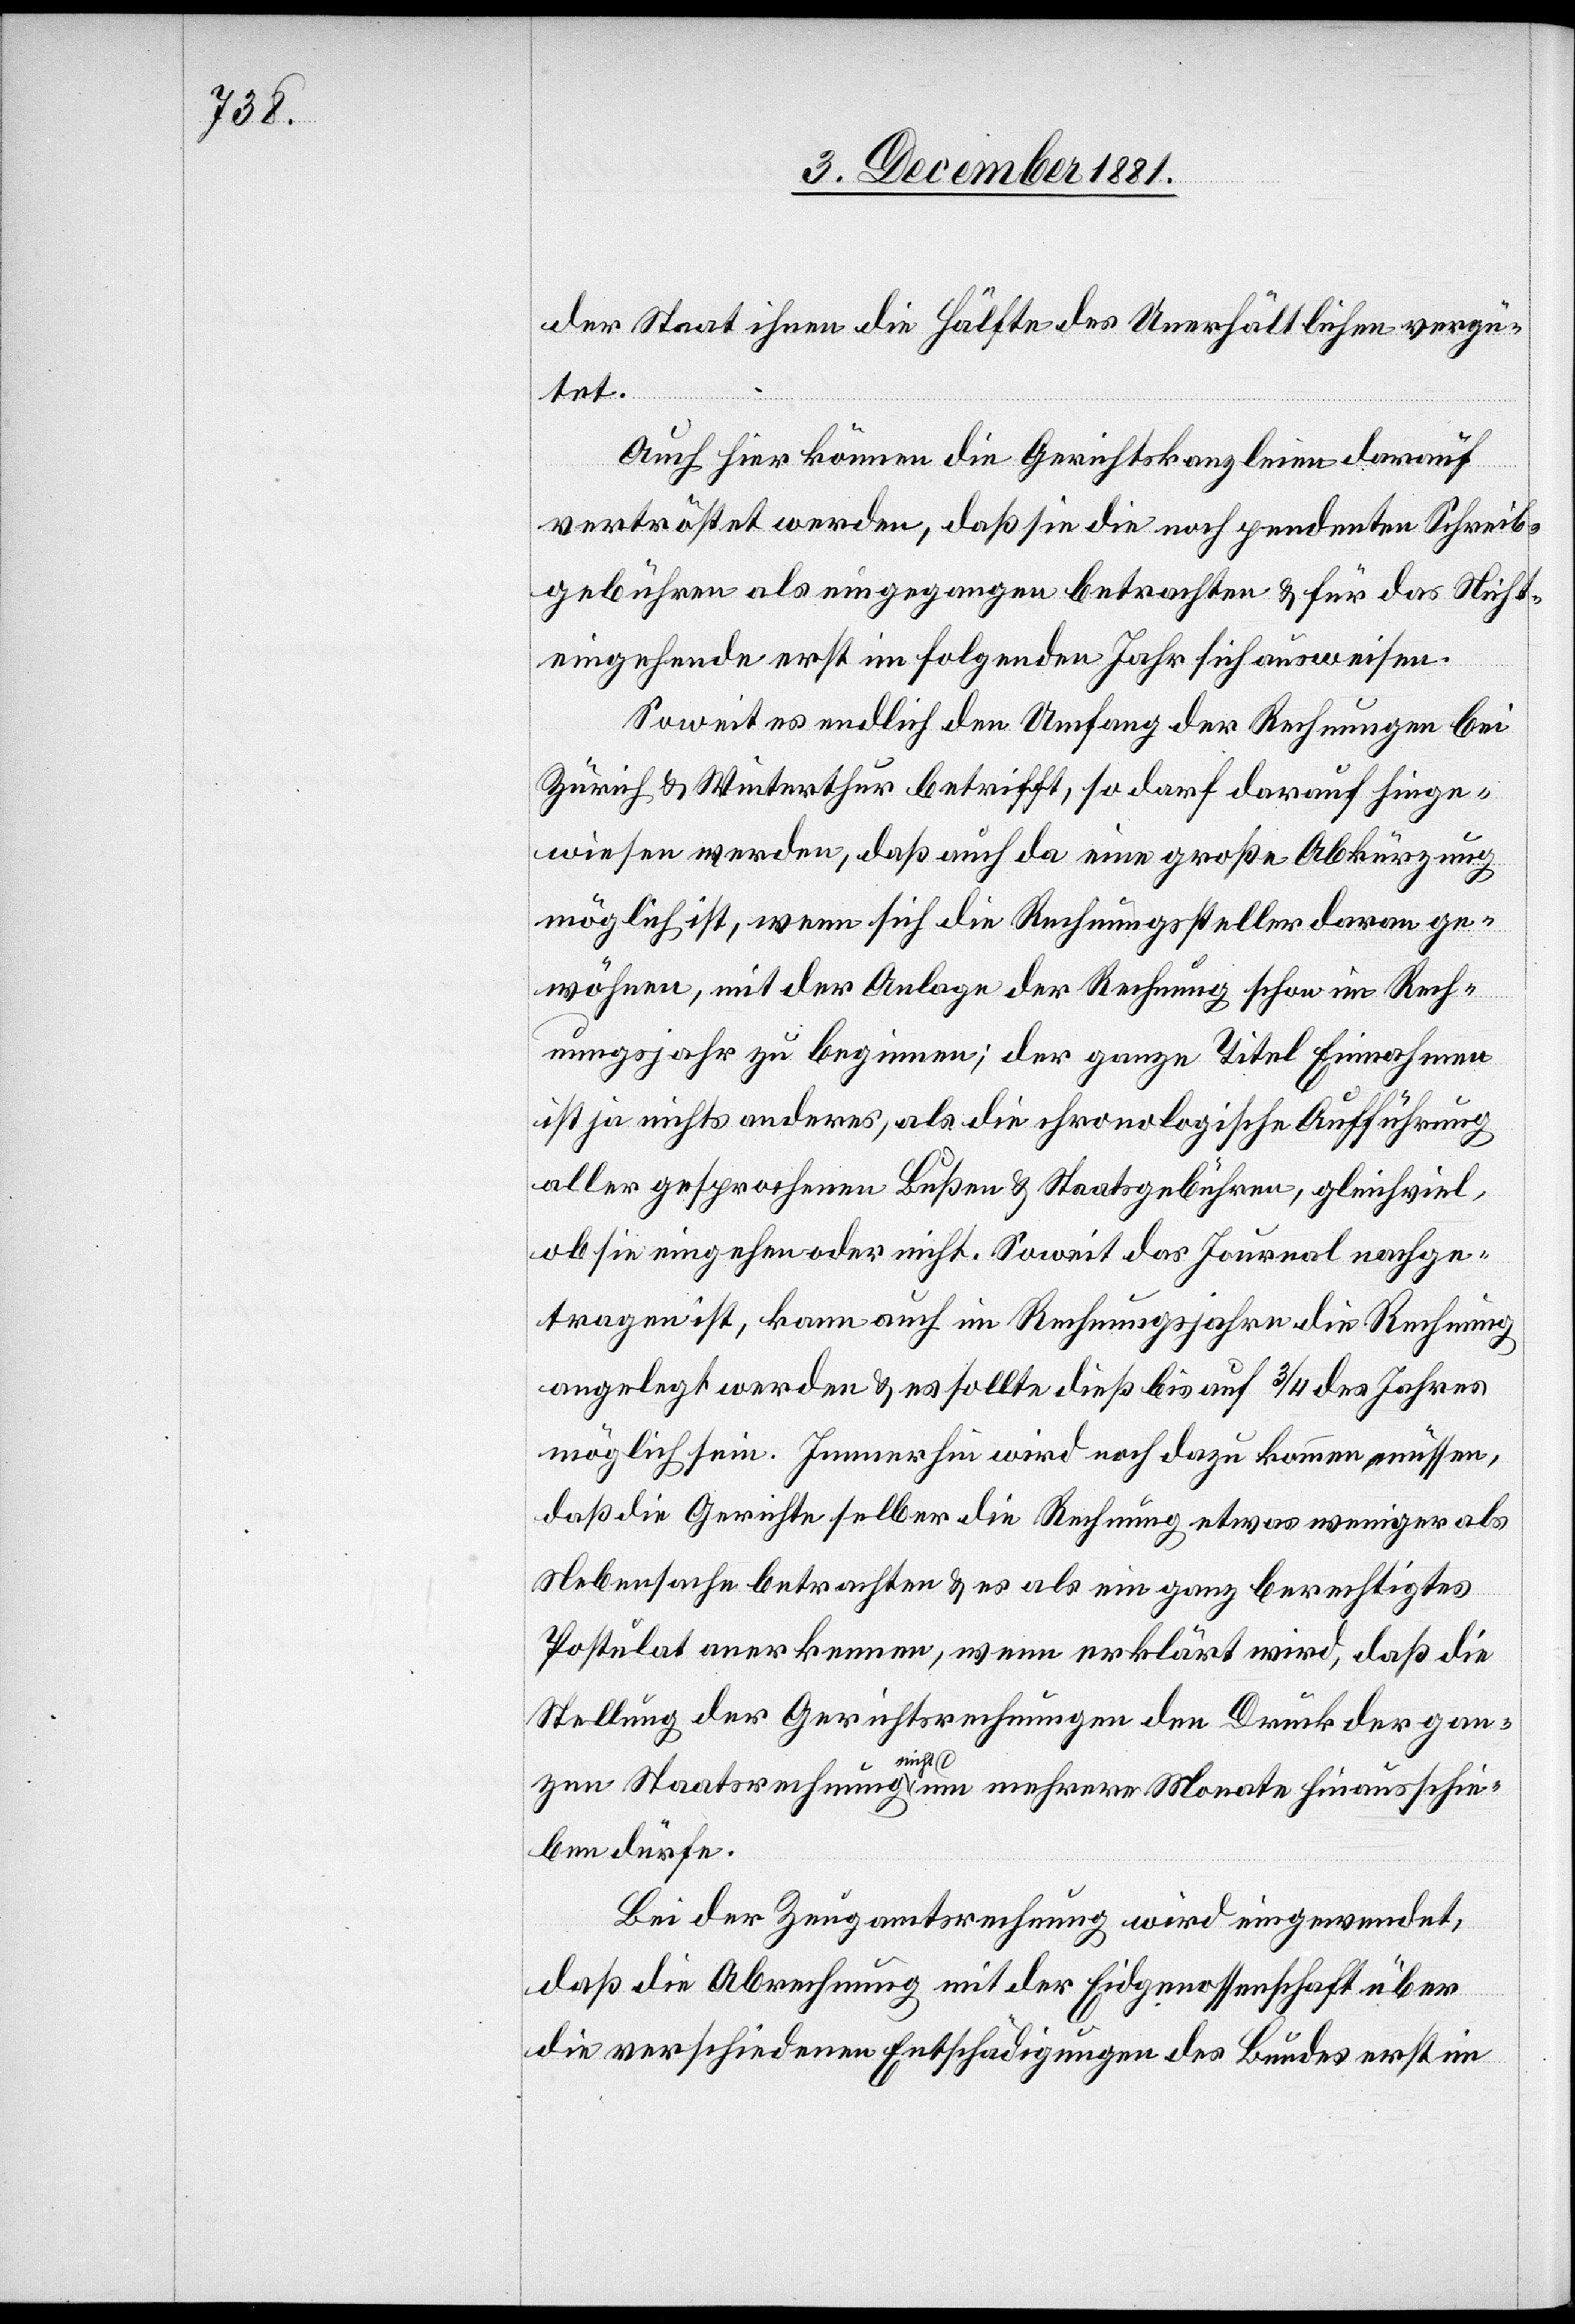
der Staat ihnen die Hälfte des Unerhältlichen vergü¬
tet.
Auch hier können die Gerichtskanzleien darauf
vertröstet werden, daß sie die noch pendenten Schreib¬
gebühren als eingegangen betrachten & für das Nicht¬
eingehende erst im folgenden Jahr sich ausweisen.
Soweit es endlich den Umfang der Rechnungen bei
Zürich & Winterthur betrifft, so darf darauf hinge¬
wiesen werden, daß auch da eine große Abkürzung
möglich ist, wenn sich die Rechnungssteller daran ge¬
währen, mit der Anlage der Rechnung schon im Rech¬
nungsjahr zu beginnen; der ganze Titel Einnahmen
ist ja nichts anderes, als die chronologische Aufführung
aller gesprochenen Bußen & Staatsgebühren, gleichviel,
ob sie eingehen oder nicht. Soweit das Journal nachge¬
tragen ist, kann auch im Rechnungsjahre die Rechnung
angelegt werden & es sollte dieß bis auf 3/4 des Jahres
möglich sein. Immerhin wird noch dazu kommen müssen,
daß die Gerichte selber die Rechnung etwas weniger als
Nebensache betrachten & es als ein ganz berechtigtes
Postulat anerkennen, wenn erklärt wird, daß die
Stellung der Gerichtsrechnungen den Druck der gan¬
zen Staatsrechnung nicht um mehrere Monate hinausschie¬
ben dürfe.
Bei der Zeugamtsrechnung wird eingewendet,
daß die Abrechnung mit der Eidgenossenschaft über
die verschiedenen Entschädigungen des Bundes erst im